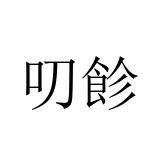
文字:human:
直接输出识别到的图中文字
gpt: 叨飻